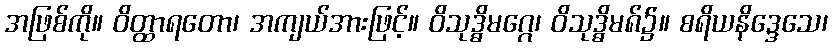
အဖြစ်ကို။ ဝိတ္ထာရတော၊ အကျယ်အားဖြင့်။ ဝိသုဒ္ဓိမဂ္ဂေ၊ ဝိသုဒ္ဓိမ၈်၌။ စရိယနိဒ္ဒေသေ၊